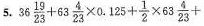
5. $$3 6 \frac{1 9}{2 3} + 6 3 \frac{4}{2 3} \times 0 . 1 2 5 + \frac{1}{2} \times 6 3 \frac{4}{23} +$$